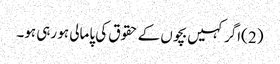
(2 )اگر کہیں بچوں کے حقوق کی پامالی ہو رہی ہو۔